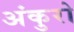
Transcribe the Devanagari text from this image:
अंकुरो